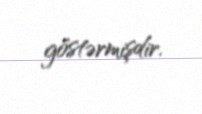
göstərmişdir.